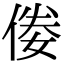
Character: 𠊶